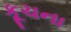
કૂચના